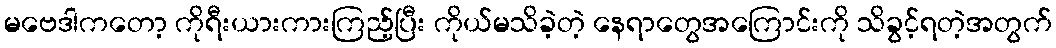
မဗေဒါကတော့ ကိုရီးယားကားကြည့်ပြီး ကိုယ်မသိခဲ့တဲ့ နေရာတွေအကြောင်းကို သိခွင့်ရတဲ့အတွက်